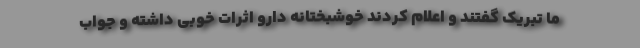
ما تبریک گفتند و اعلام کردند خوشبختانه دارو اثرات خوبی داشته و جواب